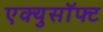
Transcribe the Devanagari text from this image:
एक्युसॉफ्ट